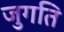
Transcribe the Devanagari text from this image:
जुगति